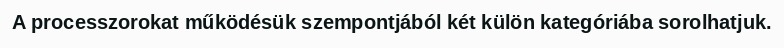
A processzorokat működésük szempontjából két külön kategóriába sorolhatjuk.